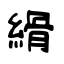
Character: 縎